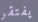
يفتقر